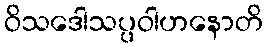
ဝိသဒေါသပ္ပဝါဟနောတိ